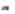
لآخر